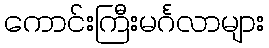
ကောင်းကြီးမင်္ဂလာများ